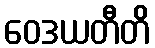
ဝေဒယတီတိ